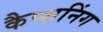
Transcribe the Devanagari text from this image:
कैप्शनिंग